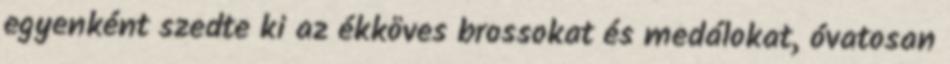
egyenként szedte ki az ékköves brossokat és medálokat, óvatosan